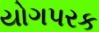
યોગપરક